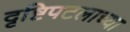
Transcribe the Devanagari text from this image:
दृष्टिपटलाच्या